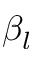
\beta _ { l }